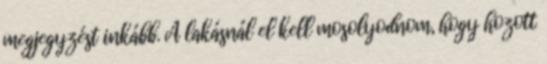
megjegyzést inkább. A lakásnál el kell mosolyodnom, hogy hozott